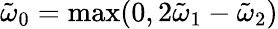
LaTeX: \tilde{\omega}_{0}=\mathrm{max}(0,2\tilde{\omega}_{1}-\tilde{\omega}_{2})